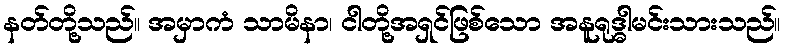
နတ်တို့သည်။ အမှာကံ သာမိနာ၊ ငါတို့အရှင်ဖြစ်သော အနူရုဒ္ဓါမင်းသားသည်။